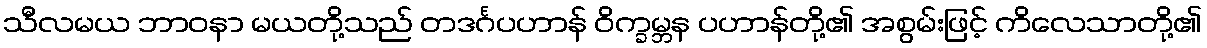
သီလမယ ဘာဝနာ မယတို့သည် တဒင်္ဂပဟာန် ဝိက္ခမ္ဘန ပဟာန်တို့၏ အစွမ်းဖြင့် ကိလေသာတို့၏